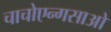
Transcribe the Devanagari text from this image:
चाचोएन्गसाओ